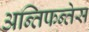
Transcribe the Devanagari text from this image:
अन्तिफन्तेस